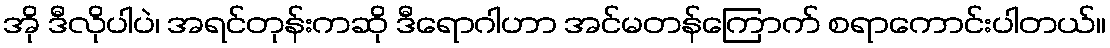
အို ဒီလိုပါပဲ၊ အရင်တုန်းကဆို ဒီရောဂါဟာ အင်မတန်ကြောက် စရာကောင်းပါတယ်။